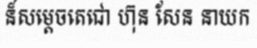
ន៏សម្តេចតេជោ ហ៊ុន សែន នាយក